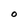
Character: O